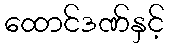
ထောင်ဒဏ်နှင့်